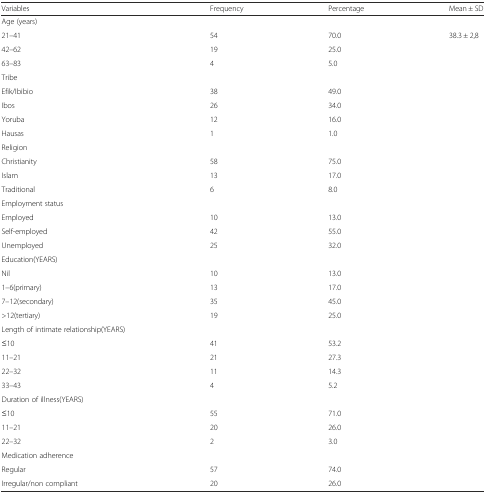
| Variables | Frequency | Percentage | Mean ± SD |
 | --- | --- | --- | --- |
 | Age (years) |  |  |  |
 | 21–41 | 54 | 70.0 | 38.3 ± 2,8 |
 | 42–62 | 19 | 25.0 |  |
 | 63–83 | 4 | 5.0 |  |
 | Tribe |  |  |  |
 | Efik/Ibibio | 38 | 49.0 |  |
 | Ibos | 26 | 34.0 |  |
 | Yoruba | 12 | 16.0 |  |
 | Hausas | 1 | 1.0 |  |
 | Religion |  |  |  |
 | Christianity | 58 | 75.0 |  |
 | Islam | 13 | 17.0 |  |
 | Traditional | 6 | 8.0 |  |
 | Employment status |  |  |  |
 | Employed | 10 | 13.0 |  |
 | Self-employed | 42 | 55.0 |  |
 | Unemployed | 25 | 32.0 |  |
 | Education(YEARS) |  |  |  |
 | Nil | 10 | 13.0 |  |
 | 1–6(primary) | 13 | 17.0 |  |
 | 7–12(secondary) | 35 | 45.0 |  |
 | >12(tertiary) | 19 | 25.0 |  |
 | Length of intimate relationship(YEARS) |  |  |  |
 | ≤10 | 41 | 53.2 |  |
 | 11–21 | 21 | 27.3 |  |
 | 22–32 | 11 | 14.3 |  |
 | 33–43 | 4 | 5.2 |  |
 | Duration of illness(YEARS) |  |  |  |
 | ≤10 | 55 | 71.0 |  |
 | 11–21 | 20 | 26.0 |  |
 | 22–32 | 2 | 3.0 |  |
 | Medication adherence |  |  |  |
 | Regular | 57 | 74.0 | <ROWSPAN=2>  |
 | Irregular/non compliant | 20 | 26.0 |